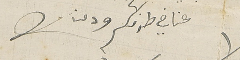
عنا في طرفكم ودمنا